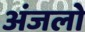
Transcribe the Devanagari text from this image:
अंजलो